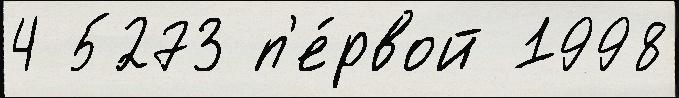
4 5273 п'е́рвой 1998